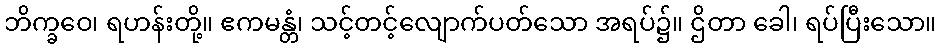
ဘိက္ခဝေ၊ ရဟန်းတို့။ ဧကမန္တံ၊ သင့်တင့်လျောက်ပတ်သော အရပ်၌။ ဌိတာ ခေါ၊ ရပ်ပြီးသော။